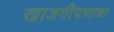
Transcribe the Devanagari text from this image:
खाजगीपणाचा